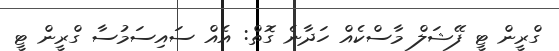
ގްރީން ޓީ ފޭޝަލް މާސްކެއް ހަދާނެ ގޮތް: އެއް ސައިސަމުސާ ގްރީން ޓީ